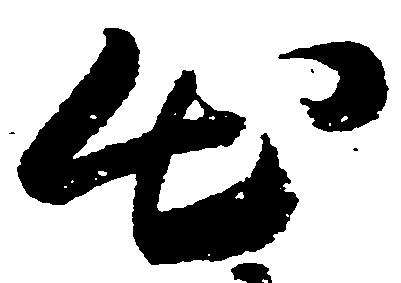
出